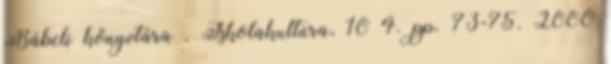
Bábeli könyvtára . Iskolakultúra, 10 4. pp. 73-75. 2000